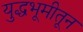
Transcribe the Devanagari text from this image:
युद्धभूमीतून